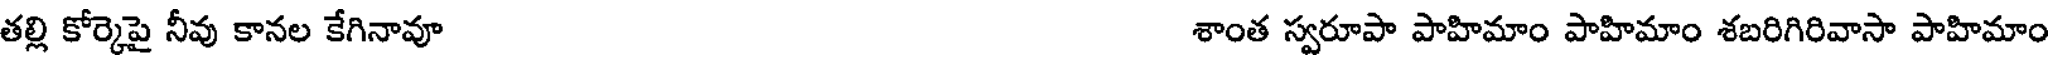
తల్లి కోర్కెపై నీవు కానల కేగినావూ శాంత స్వరూపా పాహిమాం పాహిమాం శబరిగిరివాసా పాహిమాం